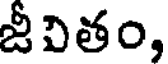
జీవితం,